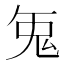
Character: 𭀥